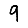
Digit: 9